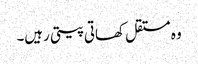
وہ مستقل کھاتی پیتی رہیں۔